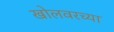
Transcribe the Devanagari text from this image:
खोलवरच्या